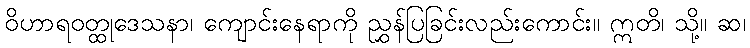
ဝိဟာရဝတ္ထုဒေသနာ၊ ကျောင်းနေရာကို ညွှန်ပြခြင်းလည်းကောင်း။ ဣတိ၊ သို့။ ဆ၊